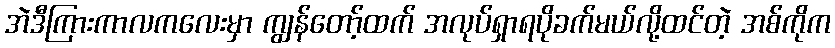
အဲဒီကြားကာလကလေးမှာ ကျွန်တော့်ထက် အလုပ်ရှာရပိုခက်မယ်လို့ထင်တဲ့ အစ်ကိုက